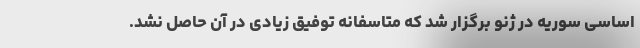
اساسی سوریه در ژنو برگزار شد که متاسفانه توفیق زیادی در آن حاصل نشد.